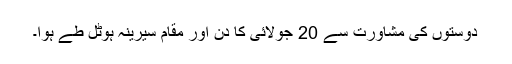
دوستوں کی مشاورت سے 20 جولائی کا دن اور مقام سیرینہ ہوٹل طے ہوا۔